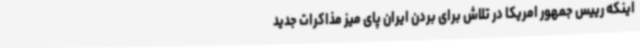
اینکه رییس جمهور امریکا در تلاش برای بردن ایران پای میز مذاکرات جدید